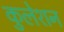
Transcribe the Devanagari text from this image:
कुलेशन